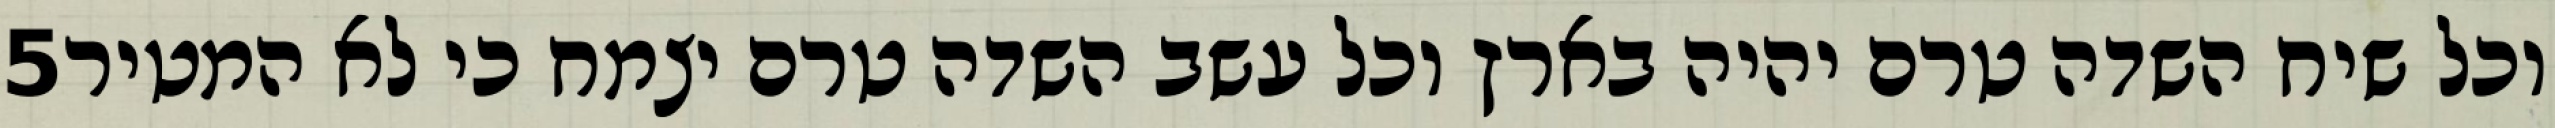
‎5‏ וכל שיח השדה טרם יהיה בארץ וכל עשב השדה טרם יצמח כי לא המטיר